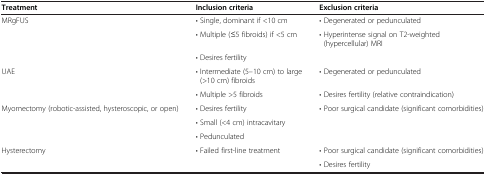
<table><thead><tr><td><b>Treatment</b></td><td><b>Inclusion criteria</b></td><td><b>Exclusion criteria</b></td></tr></thead><tbody><tr><td rowspan="3">MRgFUS</td><td>• Single, dominant if &lt;10 cm</td><td>• Degenerated or pedunculated</td></tr><tr><td>• Multiple (≤5 fibroids) if &lt;5 cm</td><td>• Hyperintense signal on T2-weighted (hypercellular) MRI</td></tr><tr><td>• Desires fertility</td><td> </td></tr><tr><td rowspan="2">UAE</td><td>• Intermediate (5–10 cm) to large (&gt;10 cm) fibroids</td><td>• Degenerated or pedunculated</td></tr><tr><td>• Multiple &gt;5 fibroids</td><td>• Desires fertility (relative contraindication)</td></tr><tr><td rowspan="3">Myomectomy (robotic-assisted, hysteroscopic, or open)</td><td>• Desires fertility</td><td>• Poor surgical candidate (significant comorbidities)</td></tr><tr><td>• Small (&lt;4 cm) intracavitary</td><td> </td></tr><tr><td>• Pedunculated</td><td> </td></tr><tr><td>Hysterectomy</td><td>• Failed first-line treatment</td><td>• Poor surgical candidate (significant comorbidities)</td></tr><tr><td> </td><td> </td><td>• Desires fertility</td></tr></tbody></table>